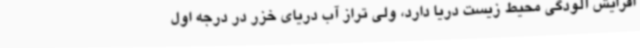
افزایش آلودگی محیط زیست دریا دارد، ولی تراز آب دریای خزر در درجه اول